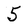
Character: 5